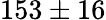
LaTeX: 153\pm 16